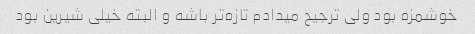
خوشمزه بود ولی ترجیح میدادم تازه‌تر باشه و البته خیلی شیرین بود